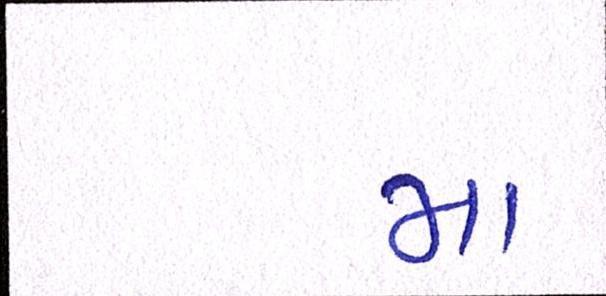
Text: મા